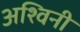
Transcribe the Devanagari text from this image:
अश्‍विनी